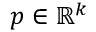
p \in \mathbb { R } ^ { k }